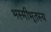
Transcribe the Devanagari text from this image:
भस्मीभूतस्य